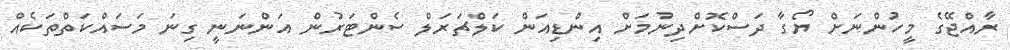
ރާއްޖޭގެ މީހުންނަށް ޔޯގާ ދަސްކޮށްދިނުމަށް އިންޑިއަން ކަލްޗަރަލް ސެންޓަރުން އަންނަނީ ގިނަ މަސައްކަތްތަކެއް